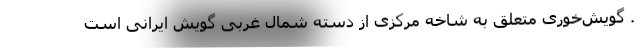
. گویش‌خوری متعلق به شاخه مرکزی از دسته شمال غربی گویش ایرانی است